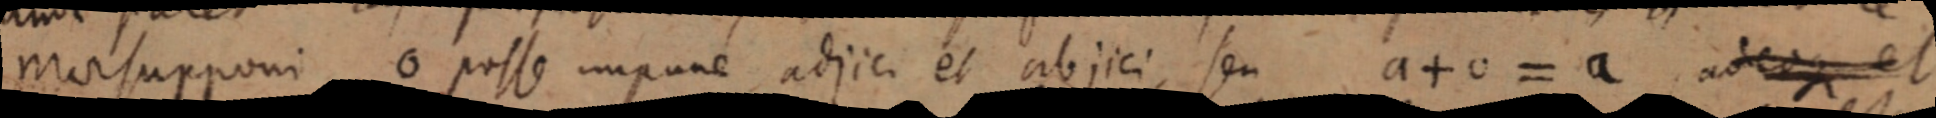
masupponi o posse impune adjici et abjici, seu a + 0 = a adeoque et